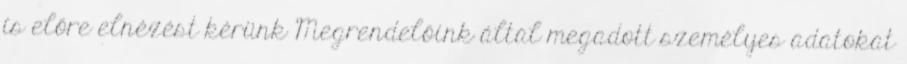
is előre elnézést kérünk Megrendelőink által megadott személyes adatokat